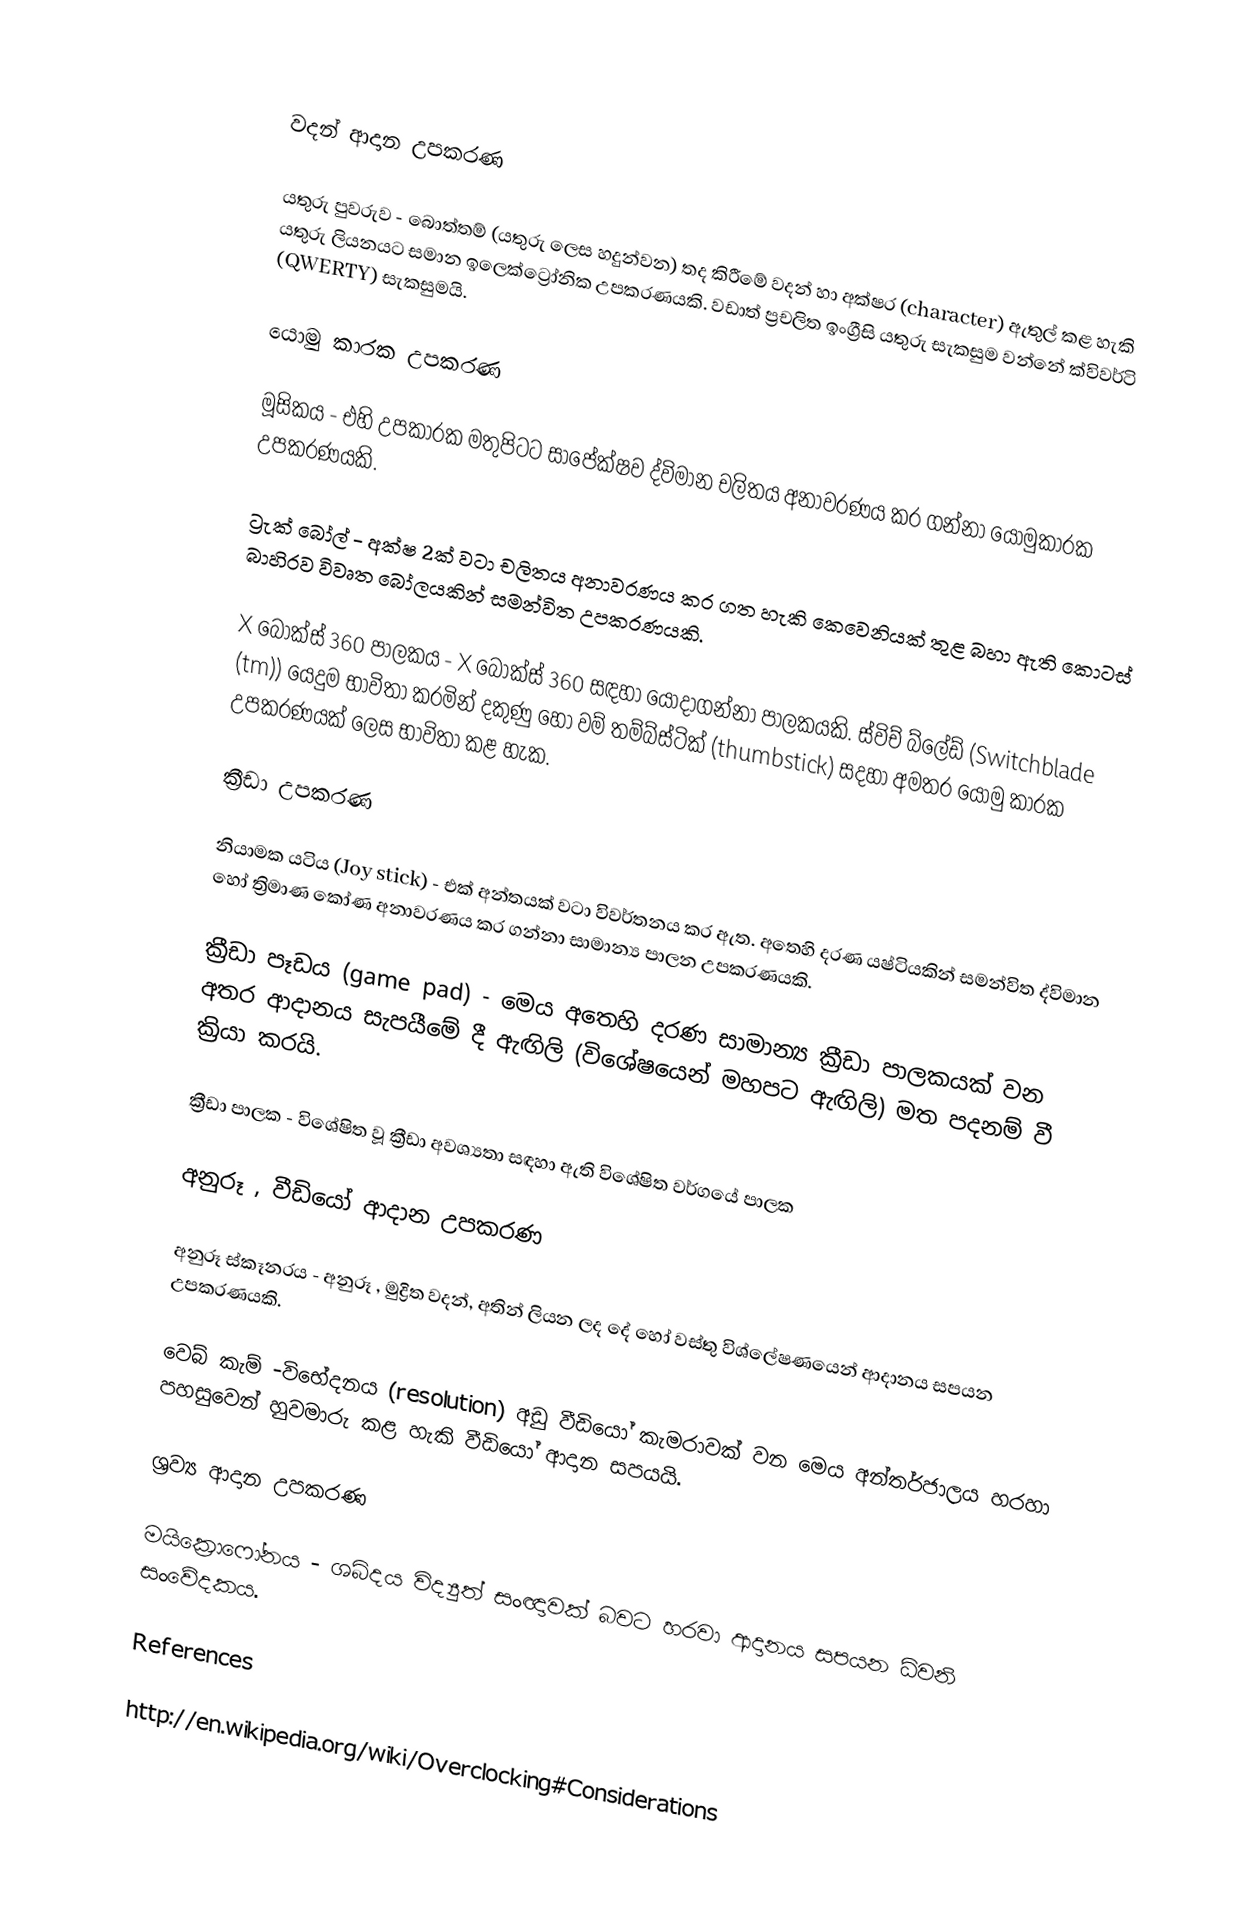

වදන් ආදාන උපකරණ

යතුරු පුවරුව - බොත්තම් (යතුරු ලෙස හදුන්වන) තද කිරීමේ වදන් හා අක්ෂර (character) ඇතුල් කළ හැකි යතුරු ලියනයට සමාන ඉලෙක්ට්‍රෝනික උපකරණයකි. වඩාත් ප්‍රචලිත ඉංග්‍රීසි යතුරු සැකසුම වන්නේ ක්විවර්ටි (QWERTY) සැකසුමයි.

යොමු කාරක උපකරණ

මූසිකය - එහි උපකාරක මතුපිටට සාපේක්ෂව ද්විමාන චලිතය අනාවරණය කර ගන්නා යොමුකාරක උපකරණයකි.

ට්‍රැක් බෝල් - අක්ෂ 2ක් වටා චලිතය අනාවරණය කර ගත හැකි කෙවෙනියක් තුළ බහා ඇති කොටස් බාහිරව විවෘත බෝලයකින් සමන්විත උපකරණයකි.

X බොක්ස් 360 පාලකය - X බොක්ස් 360  සඳහා යොදාගන්නා පාලකයකි. ස්විච් බ්ලේඩ් (Switchblade (tm)) යෙදුම භාවිතා කරමින් දකුණු හෝ වම් තම්බ්ස්ටික් (thumbstick) සදහා අමතර යොමු කාරක උපකරණයක් ලෙස භාවිතා කළ හැක.

ක්‍රීඩා උපකරණ

නියාමක යටිය (Joy stick) - එක් අන්තයක් වටා විවර්තනය කර ඇත. අතෙහි දරණ යෂ්ටියකින් සමන්විත ද්විමාන හෝ ත්‍රිමාණ කෝණ අනාවරණය  කර ගන්නා සාමාන්‍ය පාලන උපකරණයකි.

ක්‍රීඩා පෑඩය (game pad) - මෙය අතෙහි දරණ සාමාන්‍ය ක්‍රීඩා පාලකයක් වන අතර ආදානය සැපයීමේ දී ඇඟිලි (විශේෂයෙන් මහපට ඇඟිලි) මත පදනම් වී ක්‍රියා කරයි.

ක්‍රීඩා පාලක - විශේෂිත වූ ක්‍රීඩා අවශ්‍යතා සඳහා ඇති විශේෂිත වර්ගයේ පාලක

අනුරූ , වීඩියෝ ආදාන උපකරණ

අනුරූ ස්කෑනරය - අනුරූ , මුද්‍රිත වදන්, අතින් ලියන ලද දේ හෝ වස්තු විශ්ලේෂණයෙන් ආදානය සපයන උපකරණයකි.

වෙබ් කැම් -විභේදනය (resolution) අඩු වීඩියෝ කැමරාවක් වන මෙය අන්තර්ජාලය හරහා පහසුවෙන් හුවමාරු කළ හැකි වීඩියෝ ආදාන සපයයි.

ශ්‍රව්‍ය ආදාන උපකරණ

මයික්‍රොෆෝනය - ශබ්දය විද්‍යුත් සංඥාවක් බවට හරවා ආදානය සපයන ධ්වනි සංවේදකය.

References

http://en.wikipedia.org/wiki/Overclocking#Considerations